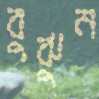
বুঝুন